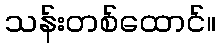
သန်းတစ်ထောင်။